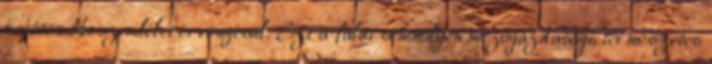
sajátos ökoszemlélet érvényesül. Ezt a falut semmilyen mezőgazdasági, természetes